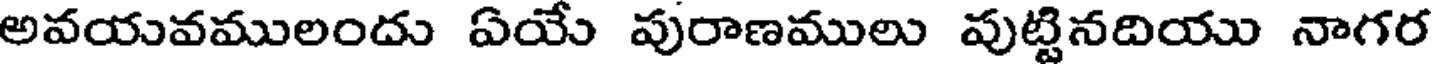
అవయవములందు ఏయే పురాణములు పుట్టినదియు నాగర